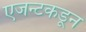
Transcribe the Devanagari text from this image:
एजन्टकडून